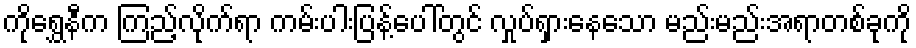
ကိုရွှေနီက ကြည့်လိုက်ရာ ကမ်းပါးပြန့်ပေါ်တွင် လှုပ်ရှားနေသော မည်းမည်းအရာတစ်ခုကို